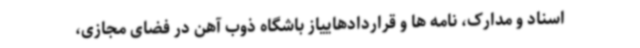
اسناد و مدارک، نامه ها و قراردادهاییاز باشگاه ذوب آهن در فضای مجازی،